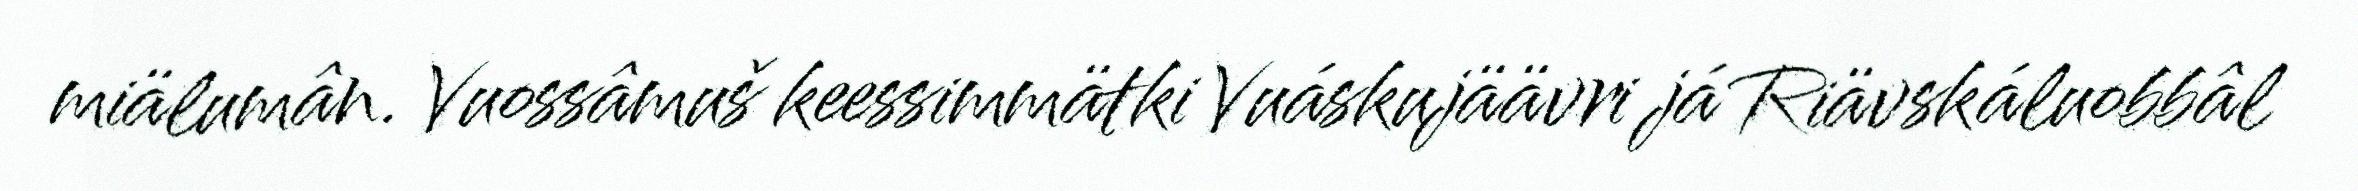
miälumân. Vuossâmuš keessimmätki Vuáskujäävri já Riävskáluobbâl